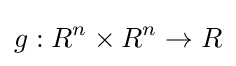
g:R^{n}\times R^{n}\rightarrow R